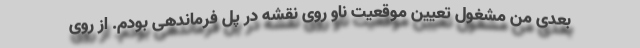
بعدی من مشغول تعیین موقعیت ناو روی نقشه در پل فرماندهی بودم. از روی